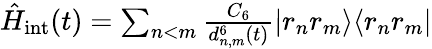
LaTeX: \begin{array}{r}{\hat{H}_{\mathrm{int}}(t)=\sum_{n<m}\frac{C_{6}}{d_{n,m}^{6}(t)}\vert r_{n}r_{m}\rangle\langle r_{n}r_{m}\vert}\end{array}